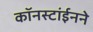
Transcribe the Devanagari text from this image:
कॉनस्टांईनने